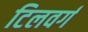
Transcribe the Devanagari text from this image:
टिलवर्ग